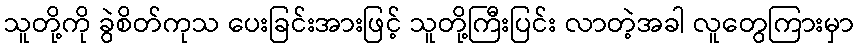
သူတို့ကို ခွဲစိတ်ကုသ ပေးခြင်းအားဖြင့် သူတို့ကြီးပြင်း လာတဲ့အခါ လူတွေကြားမှာ